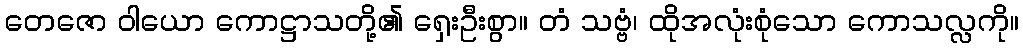
တေဇော ဝါယော ကောဋ္ဌာသတို့၏ ရှေးဦးစွာ။ တံ သဗ္ဗံ၊ ထိုအလုံးစုံသော ကောသလ္လကို။